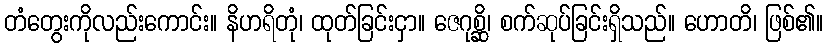
တံတွေးကိုလည်းကောင်း။ နိဟရိတုံ၊ ထုတ်ခြင်းငှာ။ ဇေဂုစ္ဆိ၊ စက်ဆုပ်ခြင်းရှိသည်။ ဟောတိ၊ ဖြစ်၏။